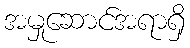
အမှုဆောင်အရာရှိ